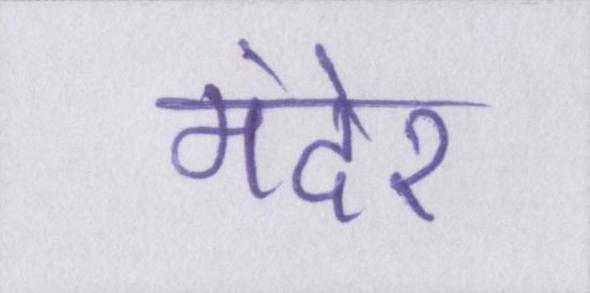
मंदेर